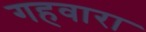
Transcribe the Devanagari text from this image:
गहवारा